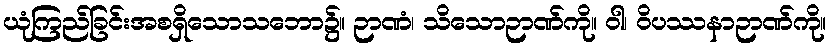
ယုံကြည်ခြင်းအစရှိသောသဘော၌။ ဉာဏံ၊ သိသောဉာဏ်ကို။ ဝါ၊ ဝိပဿနာဉာဏ်ကို။